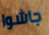
جاشوا